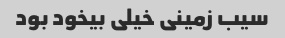
سیب زمینی خیلی بیخود بود